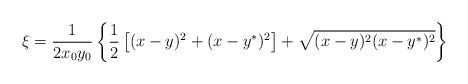
\begin{align*}\xi = \frac1{2x_0y_0} \left\{ \frac12 \left[ (x-y)^2 +(x-y^*)^2 \right] +\sqrt{(x-y)^2(x-y^*)^2} \right\}\end{align*}